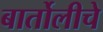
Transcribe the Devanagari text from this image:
बार्तोलीचे